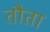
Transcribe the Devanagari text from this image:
तौता